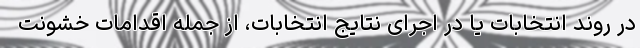
در روند انتخابات یا در اجرای نتایج انتخابات، از جمله اقدامات خشونت